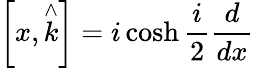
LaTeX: \left[x,\stackrel{\wedge}{k}\right]=i\cosh\frac{i}{2}\frac{d}{dx}